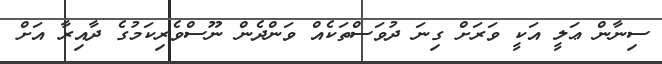
ސިނާން ޢަލީ އަކީ ވަރަށް ގިނަ ދުވަސްތަކެއް ވަންދެން ނޫސްވެރިކަމުގެ ދާއިރާ އަށް